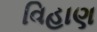
વિહાણ